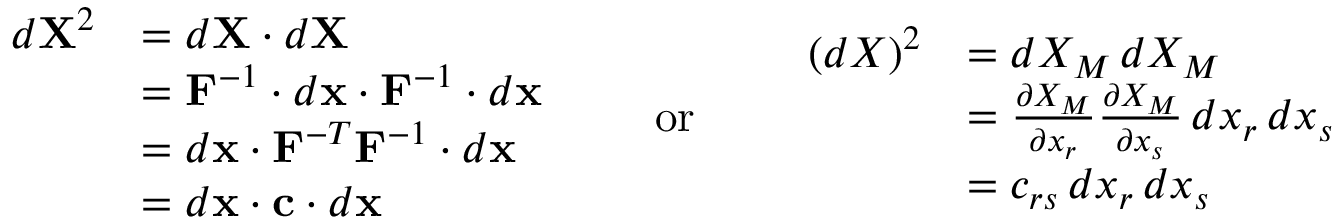
{ \begin{array} { r l } { d \mathbf { X } ^ { 2 } } & { = d \mathbf { X } \cdot d \mathbf { X } } \\ & { = \mathbf { F } ^ { - 1 } \cdot d \mathbf { x } \cdot \mathbf { F } ^ { - 1 } \cdot d \mathbf { x } } \\ & { = d \mathbf { x } \cdot \mathbf { F } ^ { - T } \mathbf { F } ^ { - 1 } \cdot d \mathbf { x } } \\ & { = d \mathbf { x } \cdot \mathbf { c } \cdot d \mathbf { x } } \end{array} } \qquad { \mathrm { o r } } \qquad { \begin{array} { r l } { ( d X ) ^ { 2 } } & { = d X _ { M } \, d X _ { M } } \\ & { = { \frac { \partial X _ { M } } { \partial x _ { r } } } { \frac { \partial X _ { M } } { \partial x _ { s } } } \, d x _ { r } \, d x _ { s } } \\ & { = c _ { r s } \, d x _ { r } \, d x _ { s } } \end{array} }